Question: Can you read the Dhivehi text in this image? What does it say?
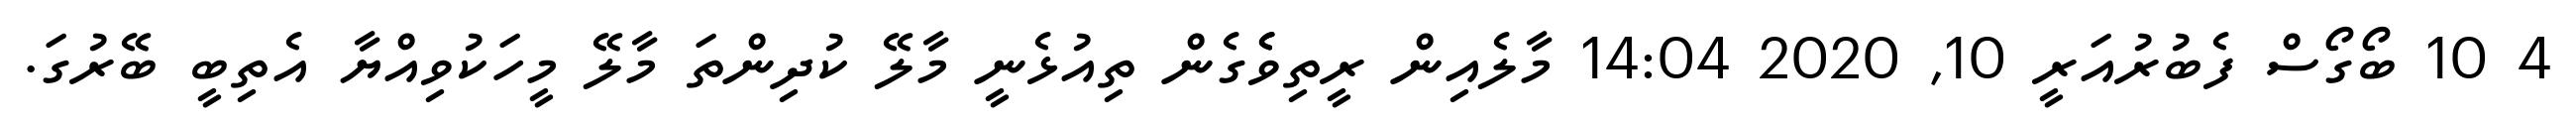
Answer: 4 10 ބޯގޯސް ފެބުރުއަރީ 10, 2020 14:04 މާލެއިން ރީތިވެެގެން ތިއުޅެނީ މާލޭ ކުދިންތަ މާލޭ މީހަކުވިއްޔާ އެތިބީ ބޭރުގަ.